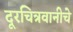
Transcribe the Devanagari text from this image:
दूरचित्रवानीचे